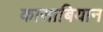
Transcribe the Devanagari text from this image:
कासाबियान